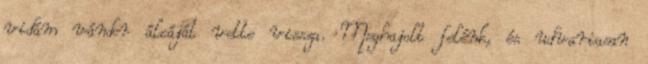
vidám vándor álcáját vette vissza. Meghajolt felénk, és udvariasan